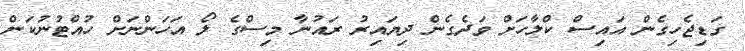
ގަޑިޖެހިގެން އައިސް ކްލާހަށް ވަދެގެން ދިޔައިރު ރައުނާ މިސްގެ ލޯ އަހަންނަށް ހުއްޓުނުކަން